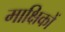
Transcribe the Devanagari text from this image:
माक्षिकों